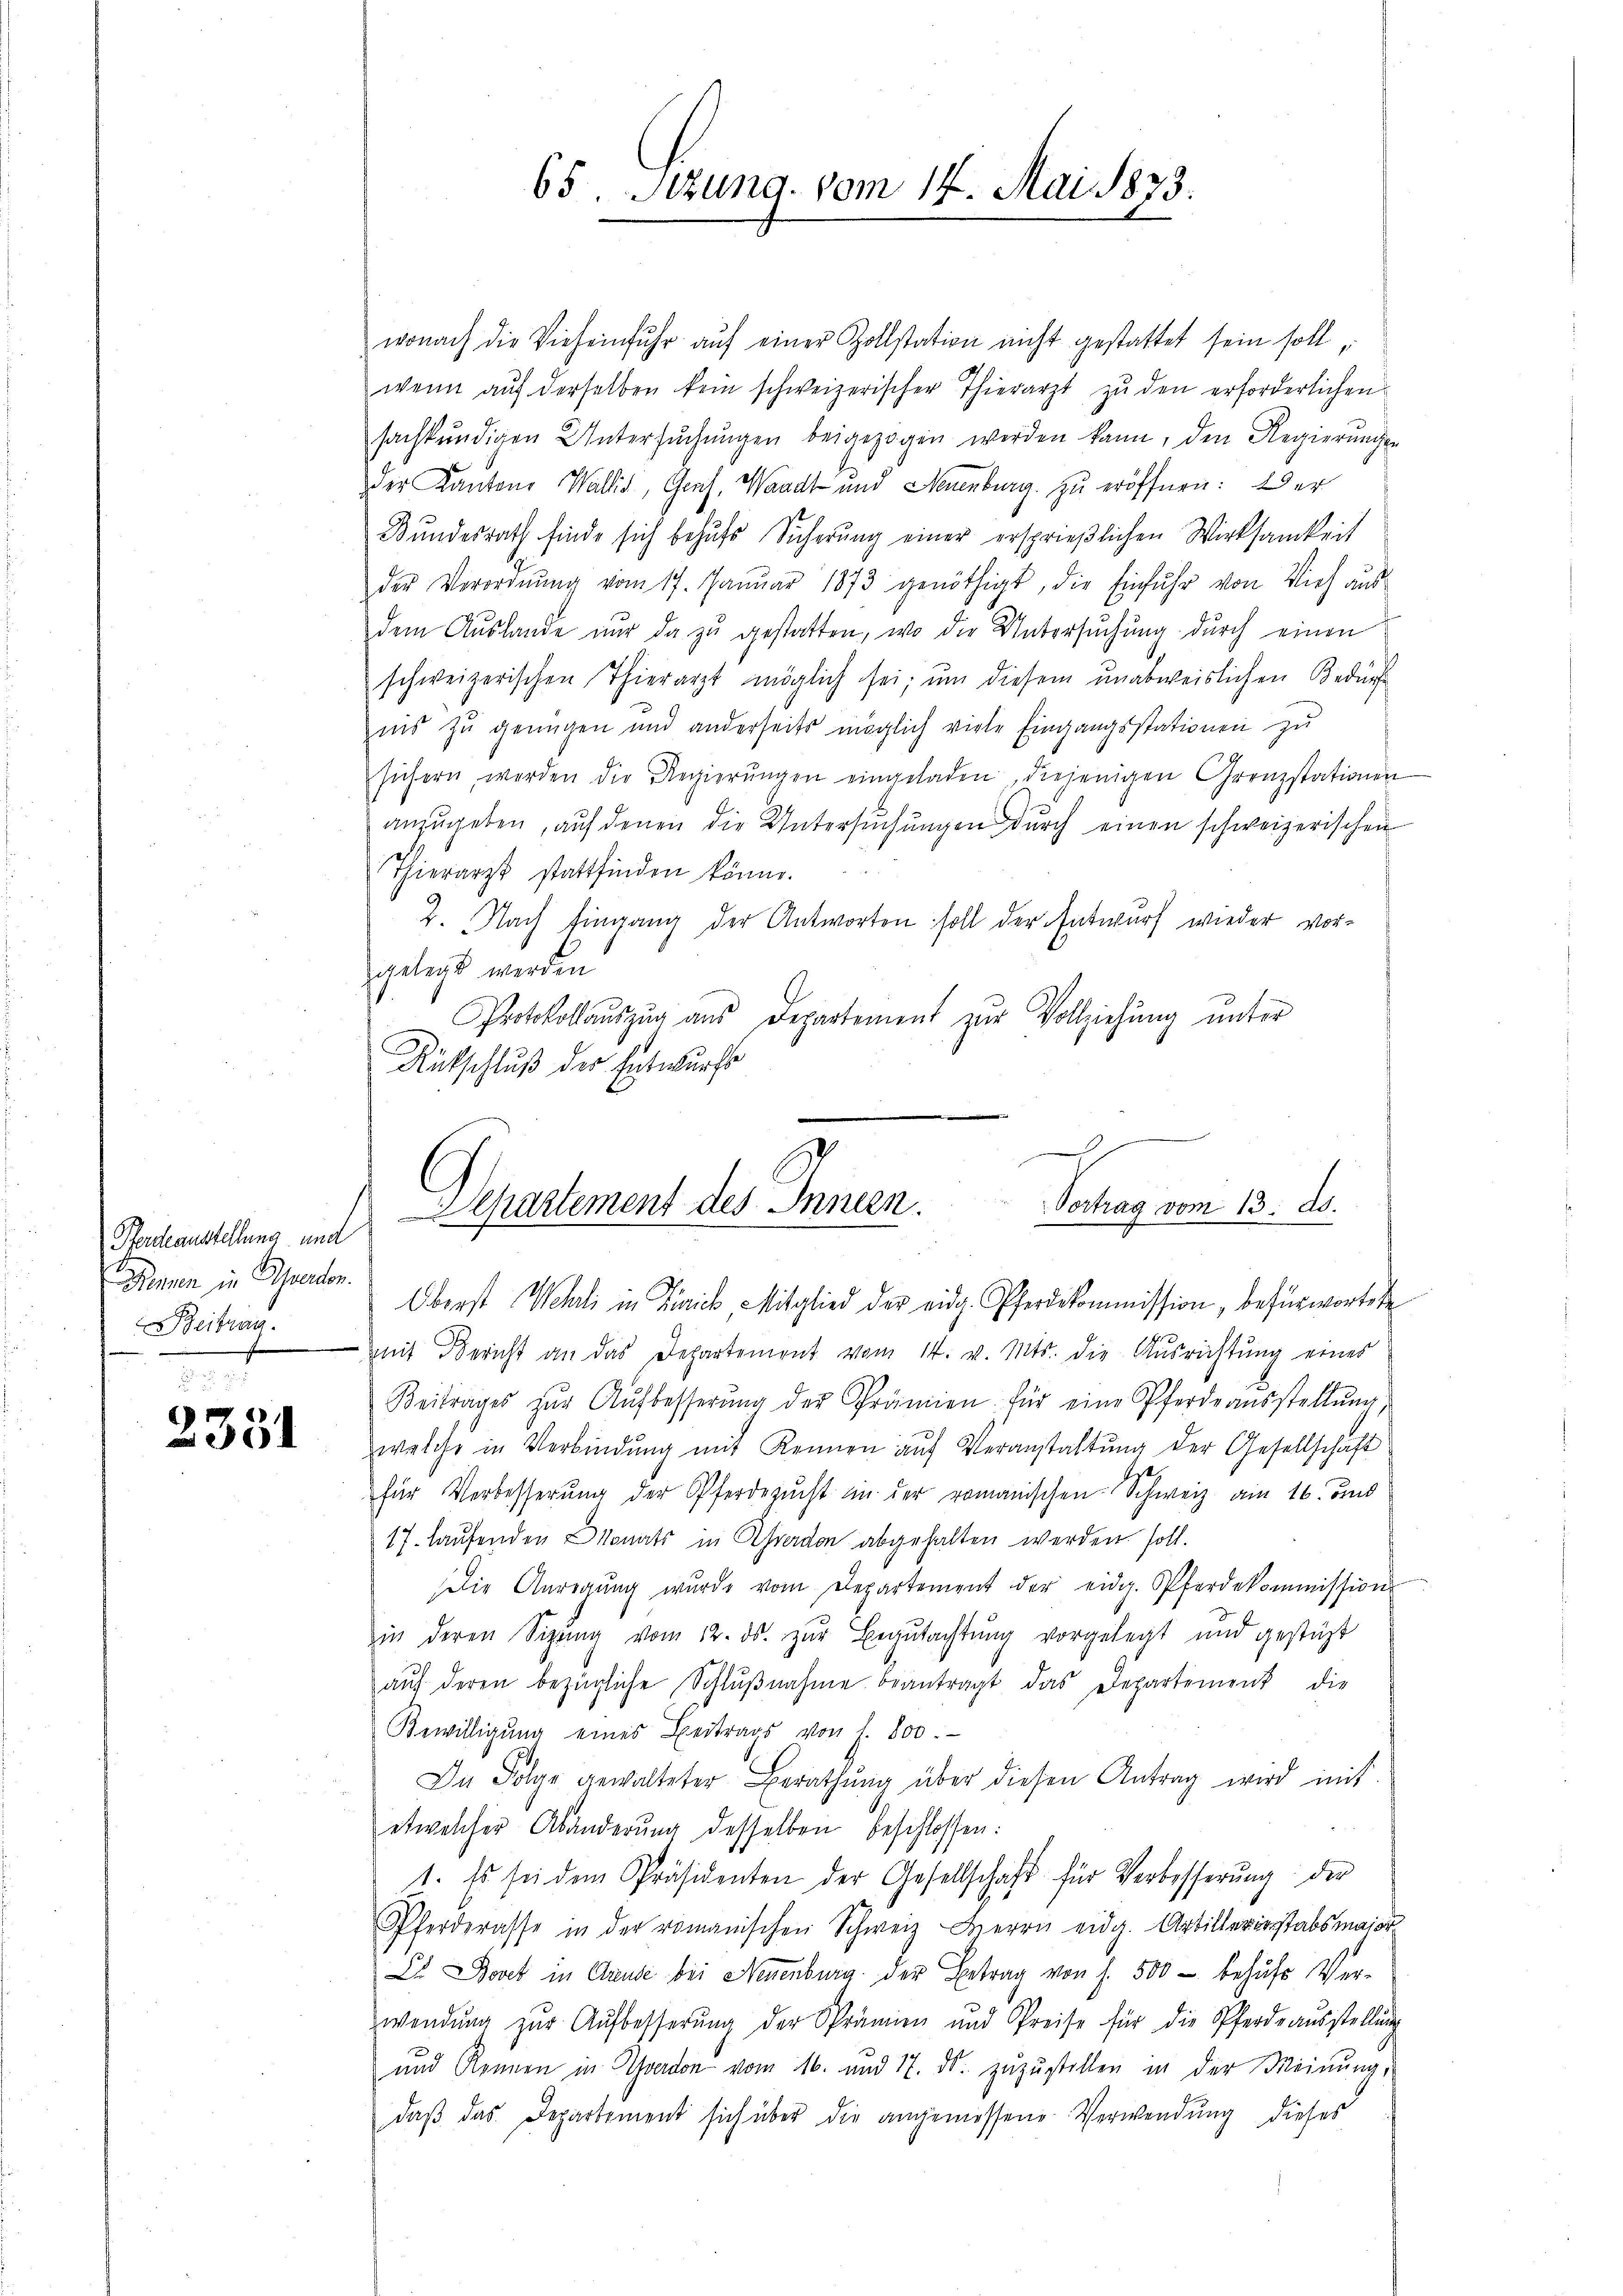
Pferdeaustellung und
Donnen in Beerden.
Beitrag.
x

2331

65. Sitzung vom 14. Mai 1833.

wonach die Vieheinfuhr auf einer Zollstation nicht gestattet sein soll,
wenn auf derselben kein schweizerischer Thierarzt zu den erforderlichen
sachkundigen Untersŭchŭngen beigezogen werden kann, den Regierungen
der Kantone Wallis, Gerich, Waadt und Neuenburg zu eröffnen: Der
Bundesrath finde sich behufs Sicherŭng einer ersprießlichen Wirksamkeit
der Verordnŭng vom 17. Januar 1873 genöthigt, die Einfuhr von Vieh aus
dem Auslande nur da zu gestatten, wo die Untersuchung durch einen
schweizerischen Thierarzt möglich sei, um diesem unabweislichen Bedürf
ins zu genügen und anderseits möglich viele Eingangsstationen zu
süchern werden die Regierŭngen eingeladen, diejenigen Grenzstationen
anzugeben, auf denen die Untersuchungen durch einen schweizerischen
Thierarzt stattfinden könne.
2. Nach Eingang der Antworten soll der Entwurf wieder vorgelegt werden
Protokollaŭszŭg aŭs Departement zŭr Vollziehŭng ŭnter
Rückschluß der Entwurfs
Oberst Welli in Zürich Mitglied der eidg. Pferdekommission, befürwortet
mit Bericht an das Departement vom 14. v. Mts. die Ausrichtung eines
Beitrages zŭr Aŭfbesserŭng der Prämien für eine Pferdeausstellŭng,
welche in Verbindŭng mit kennen aŭf Veranstaltung der Gesellschaft
für Verbesserŭng der Pferdezucht in der romanischen Schweiz am 16. und
17. Hausenden Monats in Graden abgehalten werden soll.
Die Anregŭng wurde vom Departement der eidg. Pferdekommission
in deren Sizŭng vom 12. ds. zur Begutachtung vorgelegt und gestätt
aŭf deren bezügliche Schlŭβnahme beantragt das Departement die
Bewilligŭng eines Beitrags von f. 800.
In Folge gewalteter Berathŭng über diesen Antrag wird mit
etwelcher Abänderŭng desselben beschlossen:
1. Es sei dem Präsidenten der Gesellschaft für Verbesserŭng der
Pferderasse in der romanischen Schweiz Herrn eidg. Artillerinstabsmaior
Lb. Bovet in Clause bei Neuenburg der Betrag von s. 500 — behufs Verwendŭng zŭr Aŭfbesserŭng der Sprämien und Preise für die Pferde aŭsstellŭng
und Rennen in Todon vom 16. und 17. ds. zuzustellen in der Meinung,
daβ das Departement sich über die angemessene Verwendung dieses

2
Vortrag vom 13. ds.
Separtement des Innern.